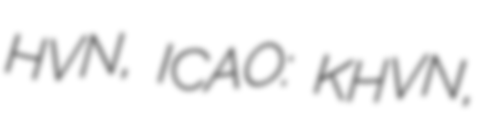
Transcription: HVN, ICAO: KHVN,